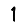
Digit: 1